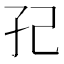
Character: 𭒼